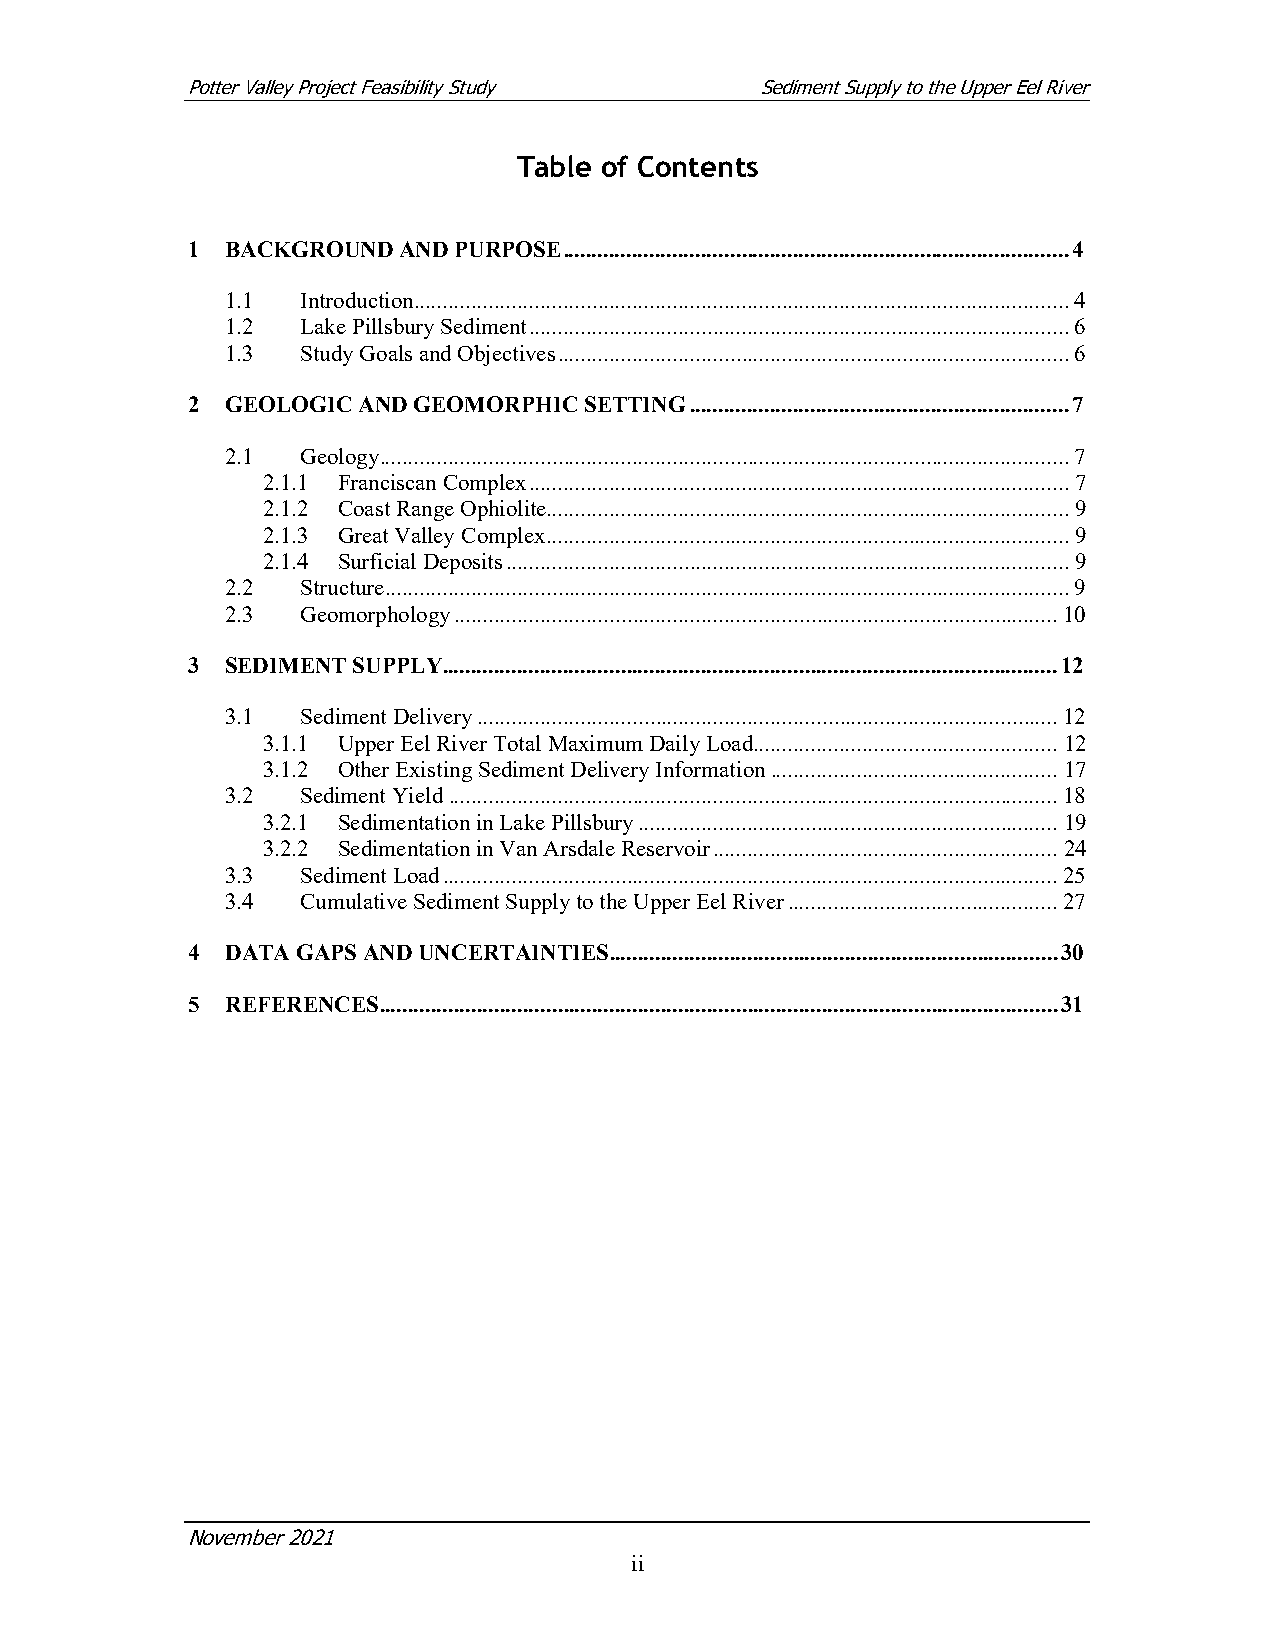
Potter Valley Project Feasibility Study Sediment Supply to the Upper Eel River
 Table of Contents
 1  BACKGROUND AND PURPOSE ........................................................................................ 4
 1.1  Introduction .................................................................................................................. 4
 1.2  Lake Pillsbury Sediment .............................................................................................. 6
 1.3  Study Goals and Objectives ......................................................................................... 6
 2  GEOLOGIC AND GEOMORPHIC SETTING .................................................................. 7
 2.1  Geology ........................................................................................................................ 7
 2.1.1 Franciscan Complex .............................................................................................. 7
 2.1.2 Coast Range Ophiolite........................................................................................... 9
 2.1.3 Great Valley Complex ........................................................................................... 9
 2.1.4 Surficial Deposits .................................................................................................. 9
 2.2  Structure ....................................................................................................................... 9
 2.3  Geomorphology ......................................................................................................... 10
 3  SEDIMENT SUPPLY ........................................................................................................... 12
 3.1  Sediment Delivery ..................................................................................................... 12
 3.1.1 Upper Eel River Total Maximum Daily Load ..................................................... 12
 3.1.2 Other Existing Sediment Delivery Information .................................................. 17
 3.2  Sediment Yield .......................................................................................................... 18
 3.2.1 Sedimentation in Lake Pillsbury ......................................................................... 19
 3.2.2 Sedimentation in Van Arsdale Reservoir ............................................................ 24
 3.3  Sediment Load ........................................................................................................... 25
 3.4  Cumulative Sediment Supply to the Upper Eel River ............................................... 27
 4  DATA GAPS AND UNCERTAINTIES .............................................................................. 30
 5  REFERENCES ...................................................................................................................... 31
 November 2021
 ii